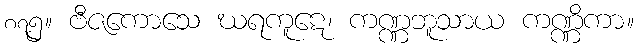
၈၇၅။ ဗီဇကောသေ ဃရကူဋေ၊ ကဏ္ဏဘူသာယ ကဏ္ဏိကာ။